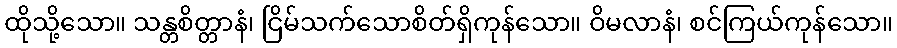
ထိုသို့သော။ သန္တစိတ္တာနံ၊ ငြိမ်သက်သောစိတ်ရှိကုန်သော။ ဝိမလာနံ၊ စင်ကြယ်ကုန်သော။